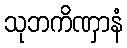
သုဘကိဏှာနံ